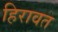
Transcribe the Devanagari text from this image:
हिरावत